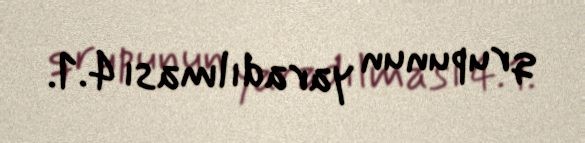
qrupunun yaradılması 4.1.